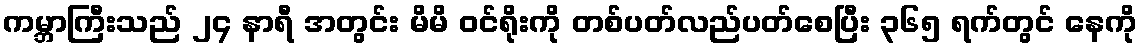
ကမ္ဘာကြီးသည် ၂၄ နာရီ အတွင်း မိမိ ဝင်ရိုးကို တစ်ပတ်လည်ပတ်စေပြီး ၃၆၅ ရက်တွင် နေကို